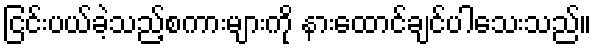
ငြင်းပယ်ခဲ့သည့်စကားများကို နားထောင်ချင်ပါသေးသည်။